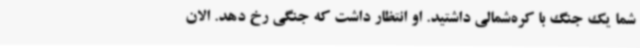
شما یک جنگ با کره‌شمالی داشتید. او انتظار داشت که جنگی رخ دهد. الان